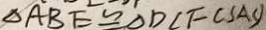
\Delta A B E \cong \Delta D C F ( S A S )